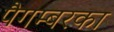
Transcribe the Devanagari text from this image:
पैगम्बरका